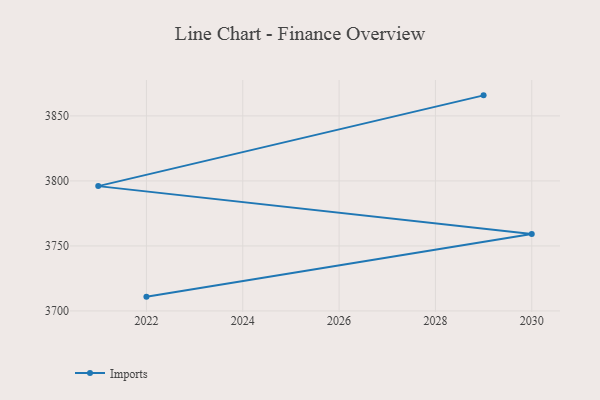
{"axis": {"x": "Year", "y": "Net Income (USD K)"}, "legend": ["Imports"], "data": [{"x": "2029", "y": 3865.8, "type": "Imports"}, {"x": "2021", "y": 3796.0, "type": "Imports"}, {"x": "2030", "y": 3759.1, "type": "Imports"}, {"x": "2022", "y": 3711.0, "type": "Imports"}]}